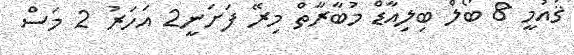
ޤައުމީ 8 ބޯލް ބިލިއާޑް މުބާރާތް މިރޭ ފަށަނީ2 އަހަރު 2 މަސް